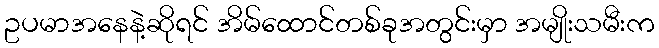
ဥပမာအနေနဲ့ဆိုရင် အိမ်ထောင်တစ်ခုအတွင်းမှာ အမျိုးသမီးက